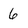
Character: 6